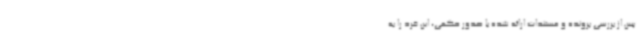
پس از بررسی پرونده و مستندات ارائه شده با صدور حکمی، این فرد را به